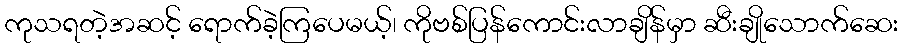
ကုသရတဲ့အဆင့် ရောက်ခဲ့ကြပေမယ့်၊ ကိုဗစ်ပြန်ကောင်းလာချိန်မှာ ဆီးချိုသောက်ဆေး